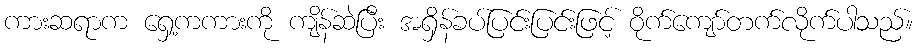
ကားဆရာက ရှေ့ကကားကို ကျိန်ဆဲပြီး အရှိန်ခပ်ပြင်းပြင်းဖြင့် ဝိုက်ကျော်တက်လိုက်ပါသည်။